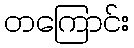
တကြောင်း